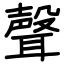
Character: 聲